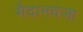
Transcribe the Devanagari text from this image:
मैदानवजा